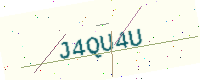
Text: J4QU4U